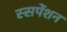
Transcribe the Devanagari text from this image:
स्सपेंशन